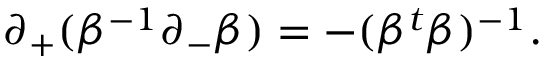
\partial _ { + } ( \beta ^ { - 1 } \partial _ { - } \beta ) = - ( \beta ^ { t } \beta ) ^ { - 1 } .